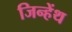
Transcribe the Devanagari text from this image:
जिन्हेंथ